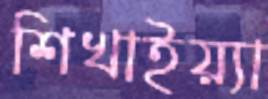
শিখাইয়্যা